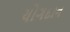
યોગદાન